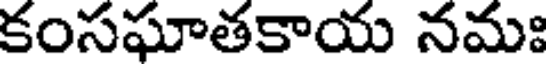
కంసఘాతకాయ నమః